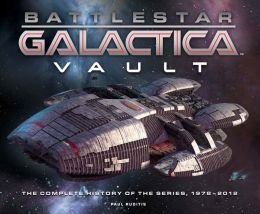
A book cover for Battlestar Galactica Vault; Paul Ruditis; Comics & Graphic Novels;